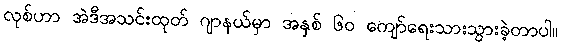
လုစ်ဟာ အဲဒီအသင်းထုတ် ဂျာနယ်မှာ အနှစ် ၆၀ ကျော်ရေးသားသွားခဲ့တာပါ။